Civil Veterinary Department. Madras. Admin. report 1910-25 - 1910-1925
Year: 1910
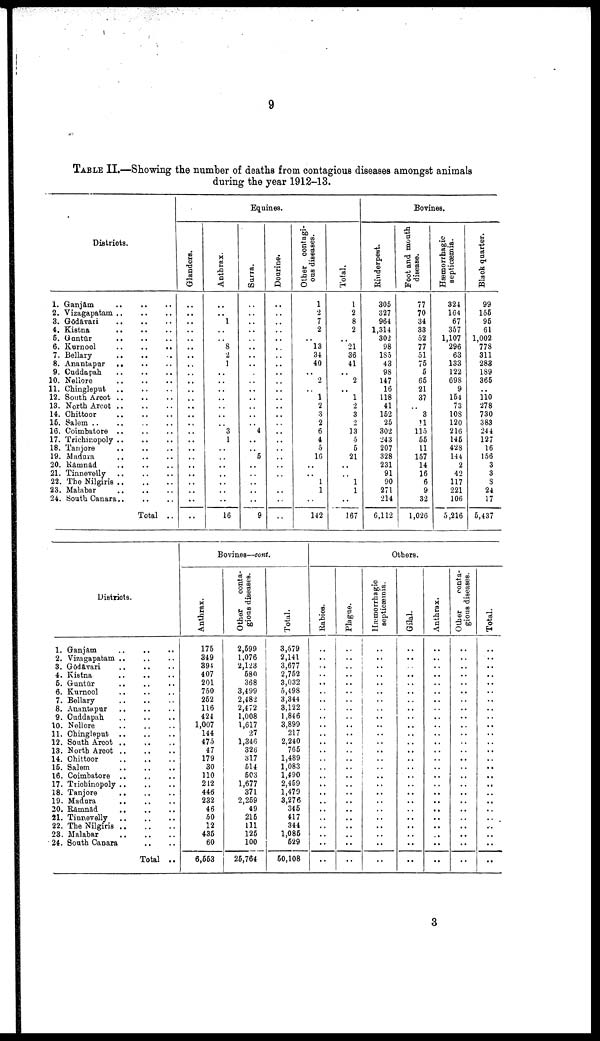
9
TABLE II.—Showing the number of deaths from contagious diseases amongst animals
during the year 1912-13.
Districts.
1. Ganjam
2. Vizagapatam
3. Gōdāvari
4. Kistna
5.
Gantur
..
6. Kurnool
..
..
..
7. Bellary
8. Anantapar .. .. ..
9. Caddapah .. .. ..
10. Neliore
11. Chingleput .. .. ..
12. South Arcot
13. North Arcot
14. Chittoor
15. Salem
16. Coimbatore
17. Trichiropoly
18. Tanjore
19. Madura .. .. ..
20. Rāmnād
21. Tinnevelly
22. The Nilgiris
23. Malabar
24. South Canara..
Total ..
Equines.
Glanders.
..
..
..
..
..
..
..
..
..
..
..
..
..
..
..
..
..
..
..
..
..
..
..
..
..
Anthrax.
..
..
1
..
..
8
2
1
..
..
..
..
..
..
..
3
1
..
..
..
..
..
..
..
16
Surra.
..
..
..
..
..
..
..
..
..
..
..
..
..
..
..
4
..
..
5
..
..
..
..
..
9
Dourine.
..
..
..
..
..
..
..
..
..
..
..
..
..
..
..
..
..
..
..
..
..
..
..
..
..
Other contagi
ous diseases.
1
2
7
2
..
13
34
40
..
2
..
1
2
3
2
6
4
0
16
..
..
1
1
..
142
Total.
1
2
8
2
..
21
36
41
..
2
..
1
2
3
2
13
0
5
21
..
..
1
1
..
167
Bovines.
Rinderpest.
305
327
964
1,314
302
98
185
43
98
147
16
118
41
152
25
302
243
207
328
231
91
90
271
214
6,112
Foot and mouth
disease.
77
70
34
33
52
77
51
75
5
65
21
37
..
3
11
115
55
11
157
14
16
6
9
32
1,026
Hæmorrhagic
septicæmia.
324
164
67
357
1,107
296
63
133
122
698
9
154
73
108
120
216
145
423
144
2
42
117
221
106
5,216
Black quarter.
99
155
95
61
1,002
778
311
283
189
365
..
110
278
730
383
244
127
16
156
3
3
8
24
17
5,437
Districts.
1. Ganjam
2. Vizagapatam
3. Godavari
4. Kistna
5. Guntur
6. Kurnool
7. Bellary
8. Anantapur
9. Cuddapab.
10. Nellore
11. Chingleput
12. South Arcot
13. North Arcot
14. Chittoor
15. Salem
16. Coimbatore
17. Trichinopoly ..
18. Tanjore
19. Madura
20. Rāmnād
21. Tinnevelly
22. The Nilgiris
23. Malabar
24. South Canara
Total ..
Bovines—cont.
Anthrax.
175
349
394
407
201
750
252
116
424
1,007
144
475
47
179
30
110
212
446
232
46
50
12
435
60
6,553
Other
conta
gious diseases.
2,599
1,076
2,123
580
368
3,499
2,482
2,472
1,008
1,617
27
1,346
326
317
514
503
1,677
371
2,259
49
215
111
125
100
25,764
Total.
3,679
2,141
3,677
2,752
3,032
5,498
3,344
3,122
1,846
3,899
217
2,240
765
1.489
1,083
1,490
2,459
1,479
3,276
345
417
344
1,085
529
50,108
Others.
Rabies.
..
..
..
..
..
..
..
..
..
..
..
..
..
..
..
..
..
..
..
..
..
..
..
..
..
Plague.
..
..
..
..
..
..
..
..
..
..
..
..
..
..
..
..
..
..
..
..
..
..
..
..
..
Hæmorrhagic
septicaemia.
..
..
..
..
..
..
..
..
..
..
..
..
..
..
..
..
..
..
..
..
..
..
..
..
..
Gilal.
..
..
..
..
..
..
..
..
..
..
..
..
..
..
..
..
..
..
..
..
..
..
..
..
..
Anthrax.
..
..
..
..
..
..
..
..
..
..
..
..
..
..
..
..
..
..
..
..
..
..
..
..
..
Other
conta
gious diseases.
Total.
..
..
..
..
..
..
..
..
..
..
..
..
..
..
..
..
..
..
..
..
..
..
..
..
..
3